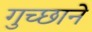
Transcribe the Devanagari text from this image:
गुच्छाने